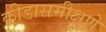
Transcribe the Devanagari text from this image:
क्रीडासमीक्षणे